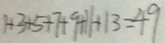
1 + 3 + 5 + 7 + 9 + 1 1 + 1 3 = 4 9